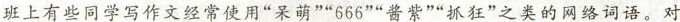
班上有些同学写作文经常使用”呆萌””666””酱紫””抓狂”之类的网络词语。对